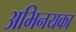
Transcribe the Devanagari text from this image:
अभिनयका